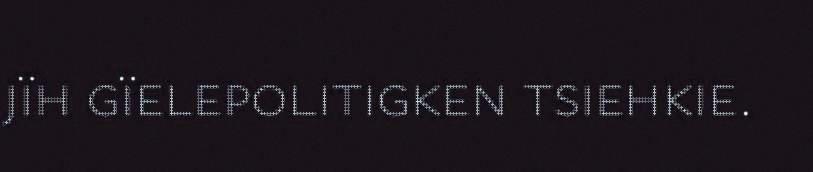
jïh gïelepolitigken tsiehkie.